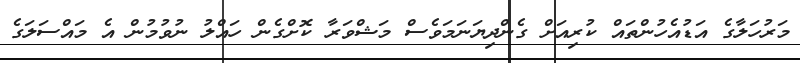
މަރުހަލާގެ އަޑުއެހުންތައް ކުރިއަށް ގެންދިޔަނަމަވެސް މަޝްވަރާ ކޮށްގެން ހައްލު ނުވުމުން އެ މައްސަލަގެ